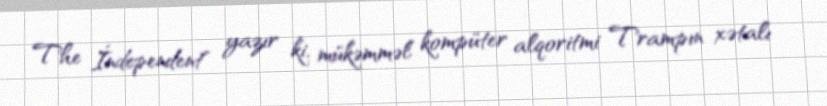
The İndependent" yazır ki, mükəmməl kompüter alqoritmi Trampın xətalı